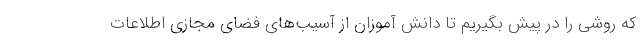
که روشی را در پیش بگیریم تا دانش آموزان از آسیب‌های فضای مجازی اطلاعات